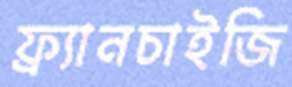
ফ্র্যানচাইজি